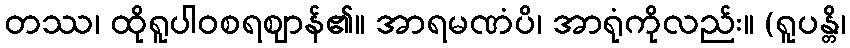
တဿ၊ ထိုရူပါဝစရဈာန်၏။ အာရမဏံပိ၊ အာရုံကိုလည်း။ (ရူပန္တိ၊